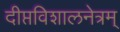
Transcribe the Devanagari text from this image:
दीप्तविशालनेत्रम्